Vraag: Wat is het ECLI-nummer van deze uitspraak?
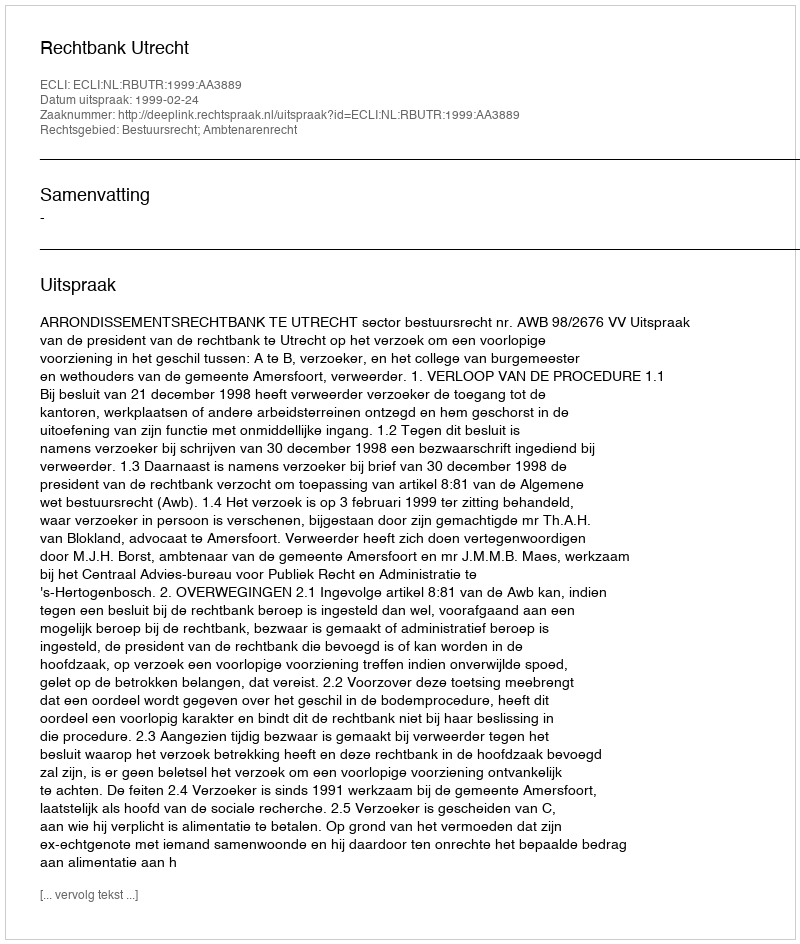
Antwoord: ECLI:NL:RBUTR:1999:AA3889